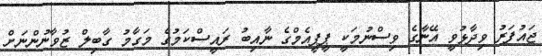
ޖައުފަރު ވިދާޅުވީ އޭނާގެ ވިސްނުމަކީ ޕީޕީއެމްގެ ނާއިބު ރައީސްކަމުގެ މަގާމު ގާބިލް ޒުވާނުންނަށް